Indian journal of veterinary science and animal husbandry - Volume 13,
Year: 1943
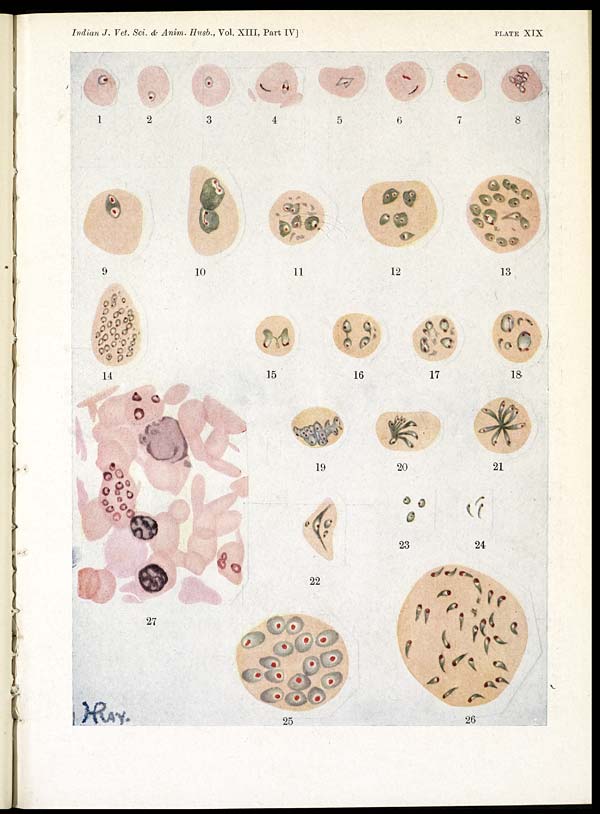
Indian J. Vet. Sci. & Anim. Husb., Vol. XIII, Part IV]
PLATE
XIX